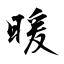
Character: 暖